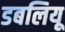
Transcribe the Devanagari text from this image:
डबलियू